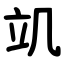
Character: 竌